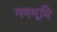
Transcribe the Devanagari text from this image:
गणभूमि